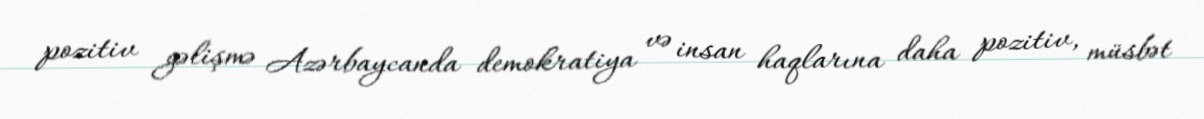
pozitiv gəlişmə Azərbaycanda demokratiya və insan haqlarına daha pozitiv, müsbət